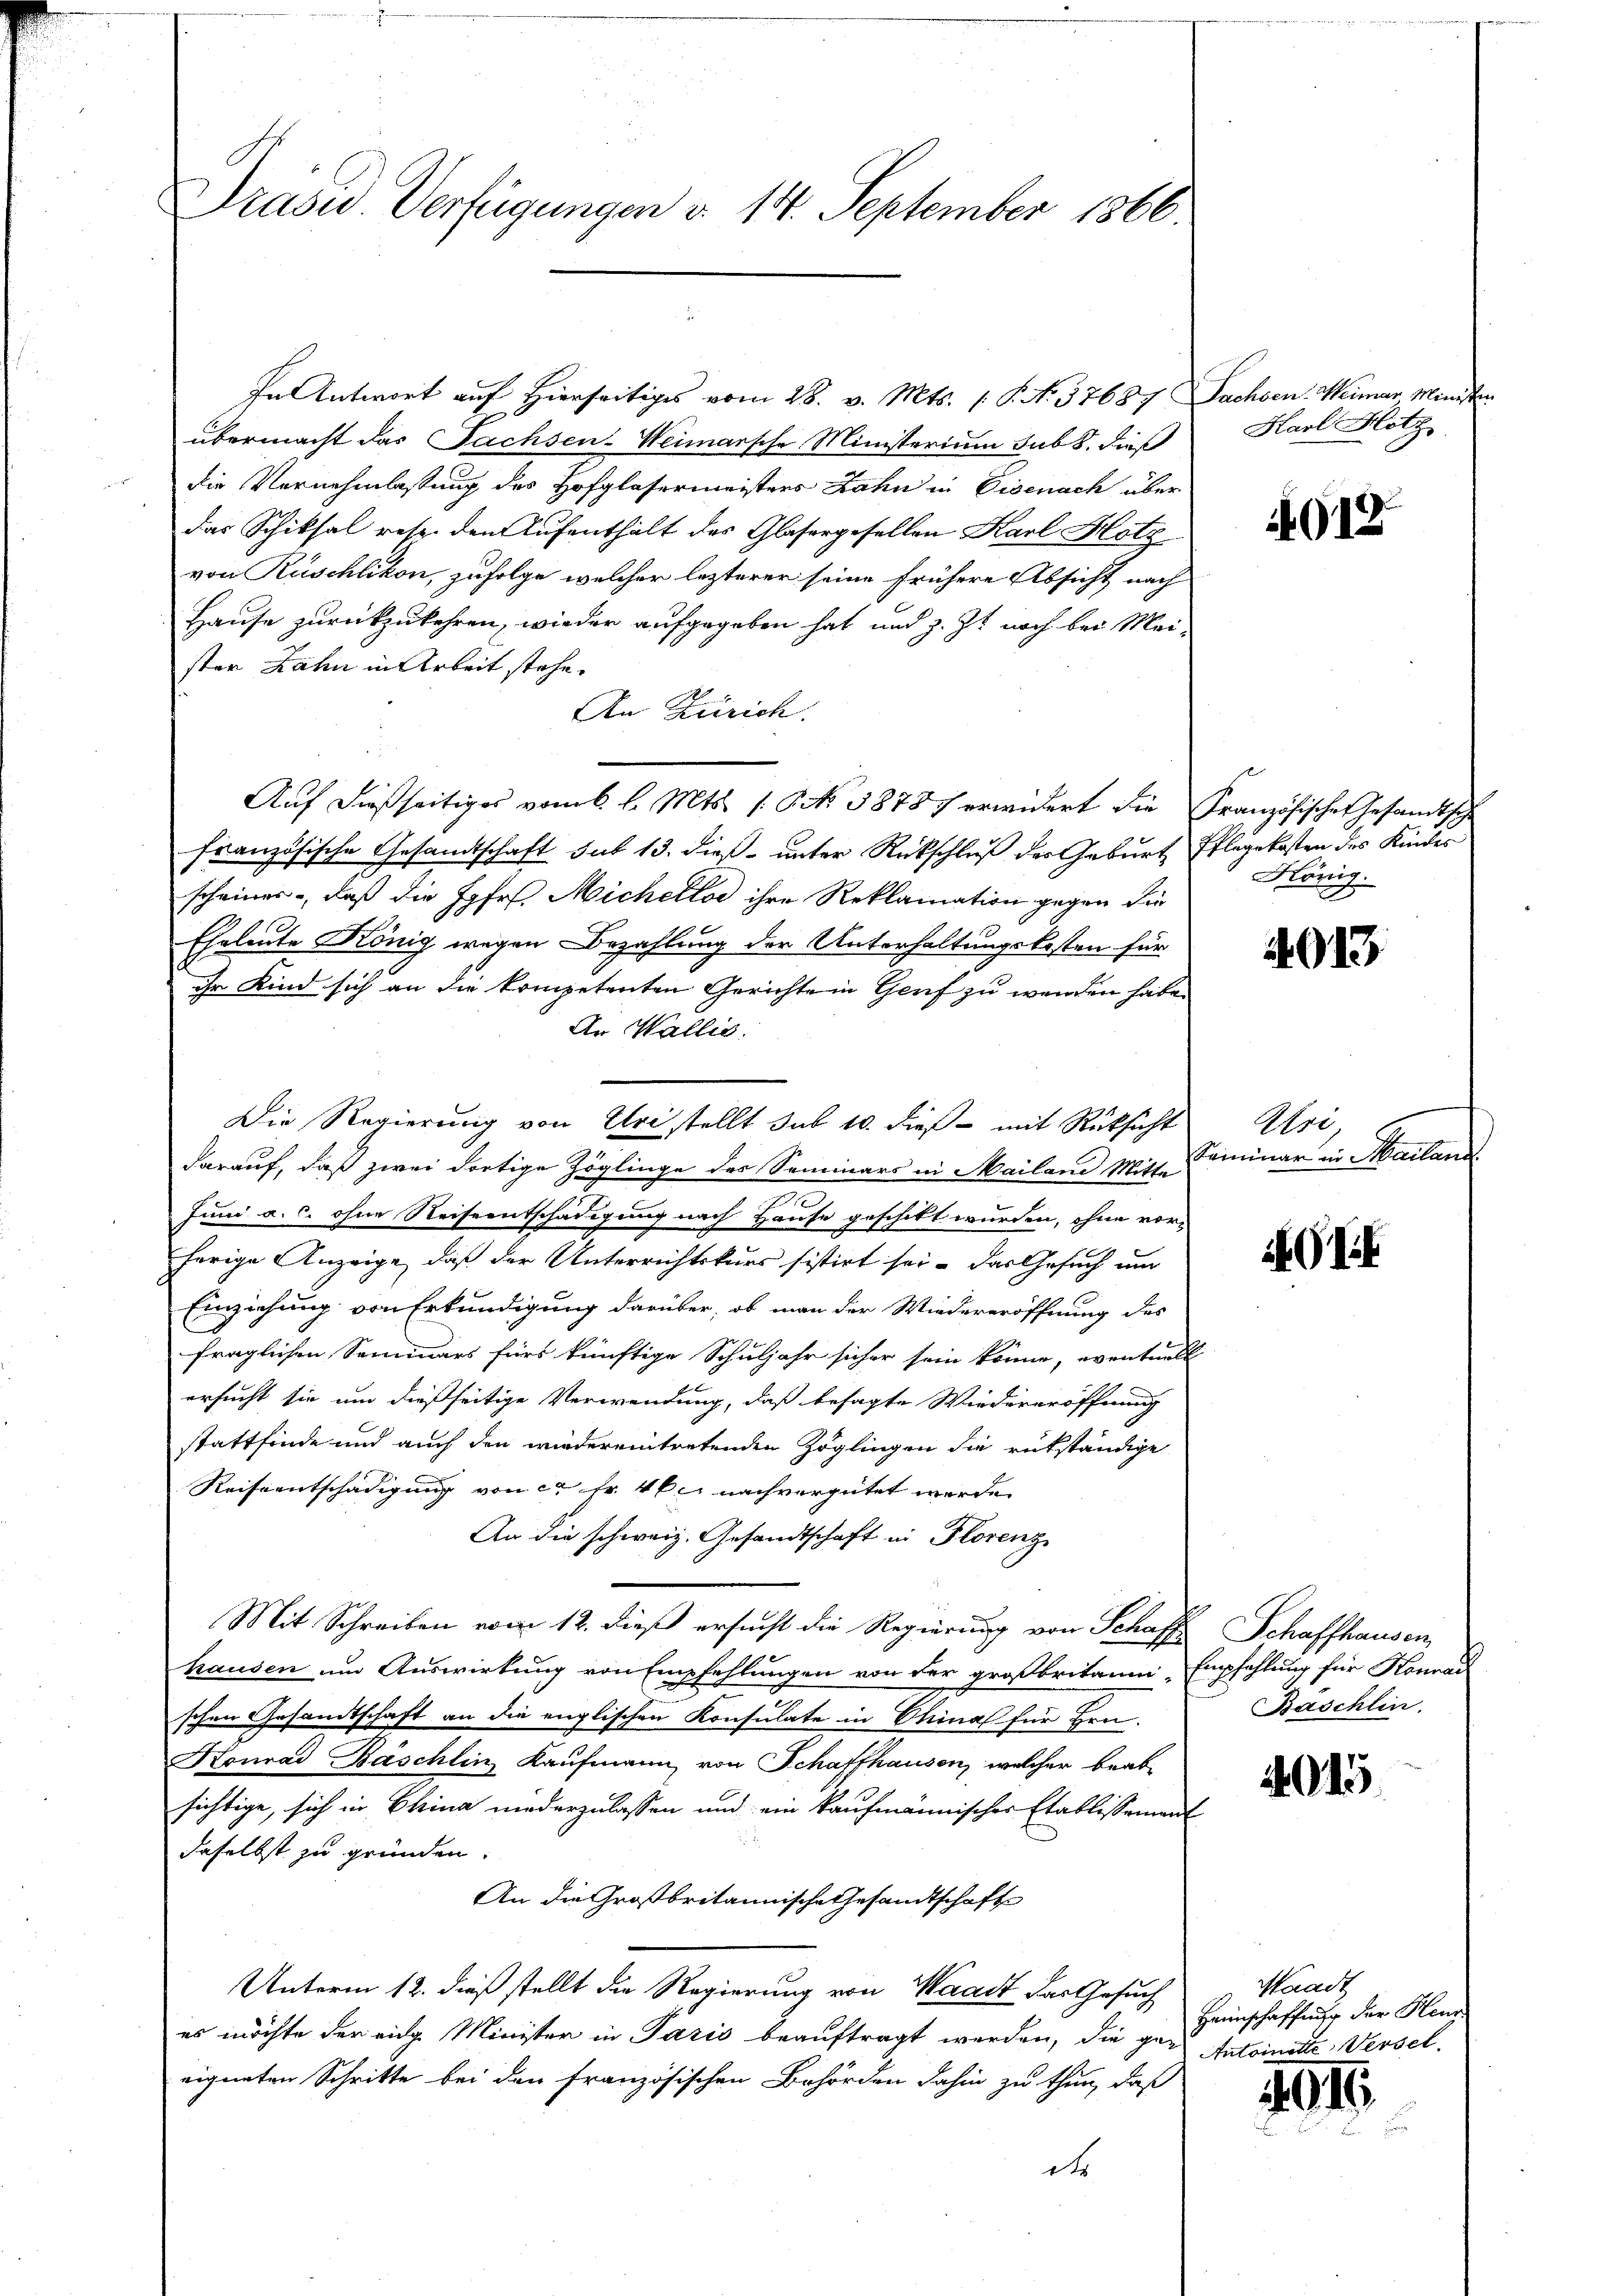
Präsid. Verfügungen d. 14. September 1866.

In Antwort auf Hierseitiges vom 28. v. Mts. 1. P. N. 37687 Sachsen. Weimar Ministe
übermacht das Sachsen-Weimarsche Ministerium sub 8. dieß
die Vernehmlassung des Hofglasermeisters Zahn in Eisenach über
das Schiksal resp. den Aufenthält des Glasergesellen Karl Hotz
von Rüschlikon, zufolge, welcher lezterer seine frühere Absicht nach
Hause zurückzukehren, wieder aufgegeben hat und z. Zt. noch bei Mei-
ster Zahn in Arbeit stehe.
An Zürich.
Auf dießseitiges vom 6. l. Mts. 1. Oct. 58787 erwidert die Französisches Gesandtsche
französische Gesandtschaft sub 13. dieß unter Rückschluß der Geburt Pflegekosten des Kinder
scheiner, daß die Jgfr. Micherlor ihre Reklamation gegen die
Eheleute König wegen Bezahlung der Unterhaltungskosten für
ihr Kind sich an die kompetenten Gerichte in Genf zu werden habe.
An Wallis.
Die Regierung von Uri stellt sub 10. dieß mit Rücksicht
darauf, daß zwei dortige Zöglinge des Seminars in Mailand Mitte
Juni a. c. ohne Reiseentschädigung nach Hause geschikt wurden, ohne vorherige Anzeige, daß der Unterrichtskurs sistirt sei. Das Gesuch um
Einziehung von Erkundigung darüber, ob man der Wiedereröffnung des
fraglichen Semmers fürs künftige Schuljahr sicher sein könne, eventuell
ersucht sie um dießseitige Verwendung, daß besagte Wiedereröffnung
stattfinde und auch den wiedereintretenden Zöglingen die rükständige
Reiseentschädigung von ca Fr. 40c nachvergütet werde.
An die schweiz. Gesandtschaft in Florenz
Mit Schreiben vom 12. dieß ersucht die Regierung von Schaft Schaffhausen,
hausen um Auswirkung von Empfehlungen von der großbritain Empfehlung für Konrad
schen Gesandtschaft an die englischen Konsulate in Chinal für Hrn.
Konrad Käschlin Kaufmann von Schaffhausen, welcher beab-
sichtige, sich in China niederzulassen und ein kaufmännischer Etablissement
daselbst zu gründen.
An die Großbritannische Gesandtschaft
Unterm 12. dieß stellt die Regierung von Waadt der Gesuch
es möchte der eidg. Minister in Paris beauftragt werden, die gar Antoinete Verseleigneten Schritte bei den französischen Behörden dahin zu thun, daß
de

Harl Hotz

015

König.

4013

Uri,
Cominar in Mailand.

GI

Baschlin.

4015

Waadt
Haunschaffung der Henz

1